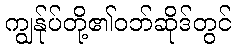
ကျွန်ုပ်တို့၏ဝဘ်ဆိုဒ်တွင်